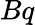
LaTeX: Bq